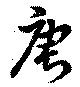
庚